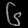
Digit: ၆